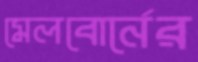
মেলবোর্নের